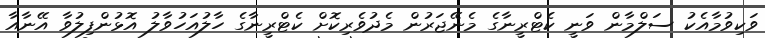
ވަކިވުމާއެކު ސަލްމާން ވަނީ ކެޓްރީނާގެ މެނޭޖަރުން މެދުވެރިކޮށް ކެޓްރީނާގެ ހާލުއަހުވާލު އޮޅުންފިލުވާ އޭނާއާ